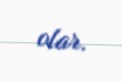
olar.